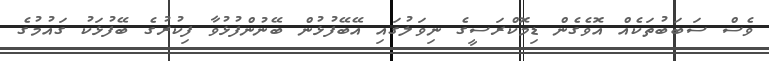
ވެސް ސަބަބުތަކެއް އޮވެގެން ޑިމޮކްރަސީގެ ނިވަލުގައި އޭބޭފުޅުން ބޭނުންފުޅުވާ ފިކުރުގެ ބޭފުޅަކު ގައުމުގެ